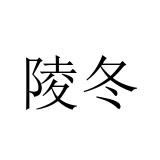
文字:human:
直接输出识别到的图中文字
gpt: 陵冬